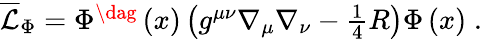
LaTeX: \begin{array}{r}{\overline{{\mathcal{L}}}_{\Phi}=\Phi^{\dag}\left(x\right)\left(g^{\mu\nu}\nabla_{\mu}\nabla_{\nu}-\frac{1}{4}R\right)\Phi\left(x\right)\; .}\end{array}